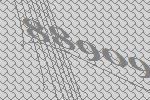
88909